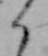
く